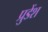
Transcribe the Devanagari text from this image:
प्रुडेंश